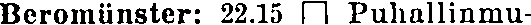
Beromünster: 22,15 Puhallinmu-